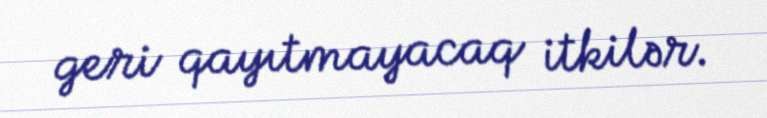
geri qayıtmayacaq itkilər.